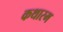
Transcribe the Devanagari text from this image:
कथारम